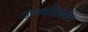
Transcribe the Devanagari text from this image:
उष्णकटिंबंधीय